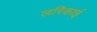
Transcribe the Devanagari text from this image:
लरिकाई